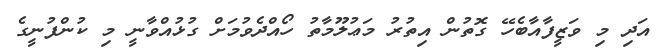
އަދި މި ވަޒީފާއާބެހޭ ގޮތުން އިތުރު މަޢުލޫމާތު ހޯއްދެވުމަށް ގުޅުއްވާނީ މި ކުންފުނީގެ